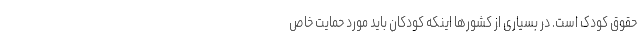
حقوق کودک است. در بسیاری از کشورها اینکه کودکان باید مورد حمایت خاص